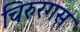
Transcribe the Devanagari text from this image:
चिरुरगस